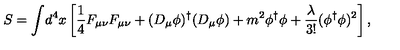
S = { \int } d ^ { 4 } x \left[ \frac { 1 } { 4 } F _ { \mu \nu } F _ { \mu \nu } + ( D _ { \mu } \phi ) ^ { \dag } ( D _ { \mu } \phi ) + m ^ { 2 } \phi ^ { \dag } \phi + \frac { \lambda } { 3 ! } ( \phi ^ { \dag } \phi ) ^ { 2 } \right] ,